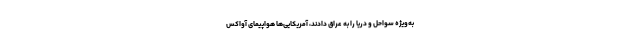
به‌ویژه سواحل و دریا را به عراق دادند، آمریکایی‌ها هواپیمای آواکس